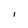
Character: l